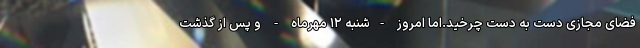
فضای مجازی دست به دست چرخید.اما امروز -شنبه ۱۲ مهرماه - و پس از گذشت